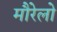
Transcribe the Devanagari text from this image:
मौरेलो